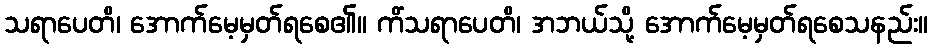
သရာပေတိ၊ အောက်မေ့မှတ်ရစေ၏။ ကိံသရာပေတိ၊ အဘယ်သို့ အောက်မေ့မှတ်ရစေသနည်း။